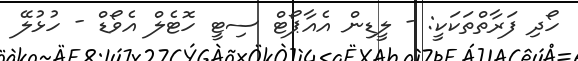
ހޯދި ފަރާތްތަކަކީ: - ލީޑިން އެއާޕޯޓް ސިޓީ ހޮޓެލް އެވޯޑް - ހުޅުލޭ